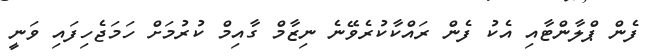
ފެން ޕްލާންޓާއި އެކު ފެން ރައްކާކުރެވޭނެ ނިޒާމް ގާއިމް ކުރުމަށް ހަމަޖެހިފައި ވަނީ